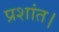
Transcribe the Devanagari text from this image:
प्रशांत।